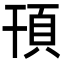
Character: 頇